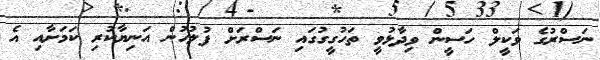
ނަސްރުގެ ވަކީލް ހަސީން ވިދާޅުވީ ތަހުގީގުގައި ނަސްރަށް ފުލުހުން އަނިޔާކުރި ކަމަށާއި އެ